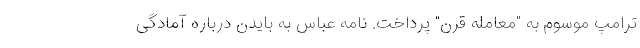
ترامپ موسوم به "معامله قرن" پرداخت. نامه عباس به بایدن درباره آمادگی